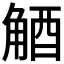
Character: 𧣮